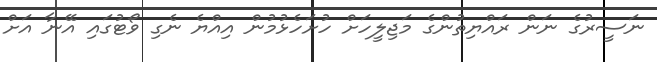
ނަސީރުގެ ނަން ރައްޔިތުންގެ މަޖިލީހަށް ހުށަހެޅުމުން އިއްޔެ ނެގި ވޯޓުގައި އޭނާ އަށް